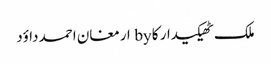
ملک ٹھیکیدار کا by ارمغان احمد داؤد